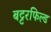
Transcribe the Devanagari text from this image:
बट्टरफिल्ड